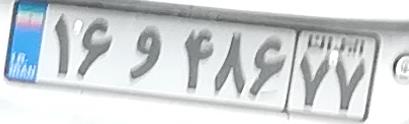
۱۶و۴۸۶۷۷